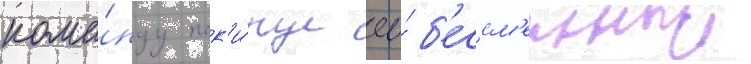
кома́нду пок'и́нул ео́ б'ессм'енныи